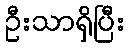
ဦးသာရှိပြီး